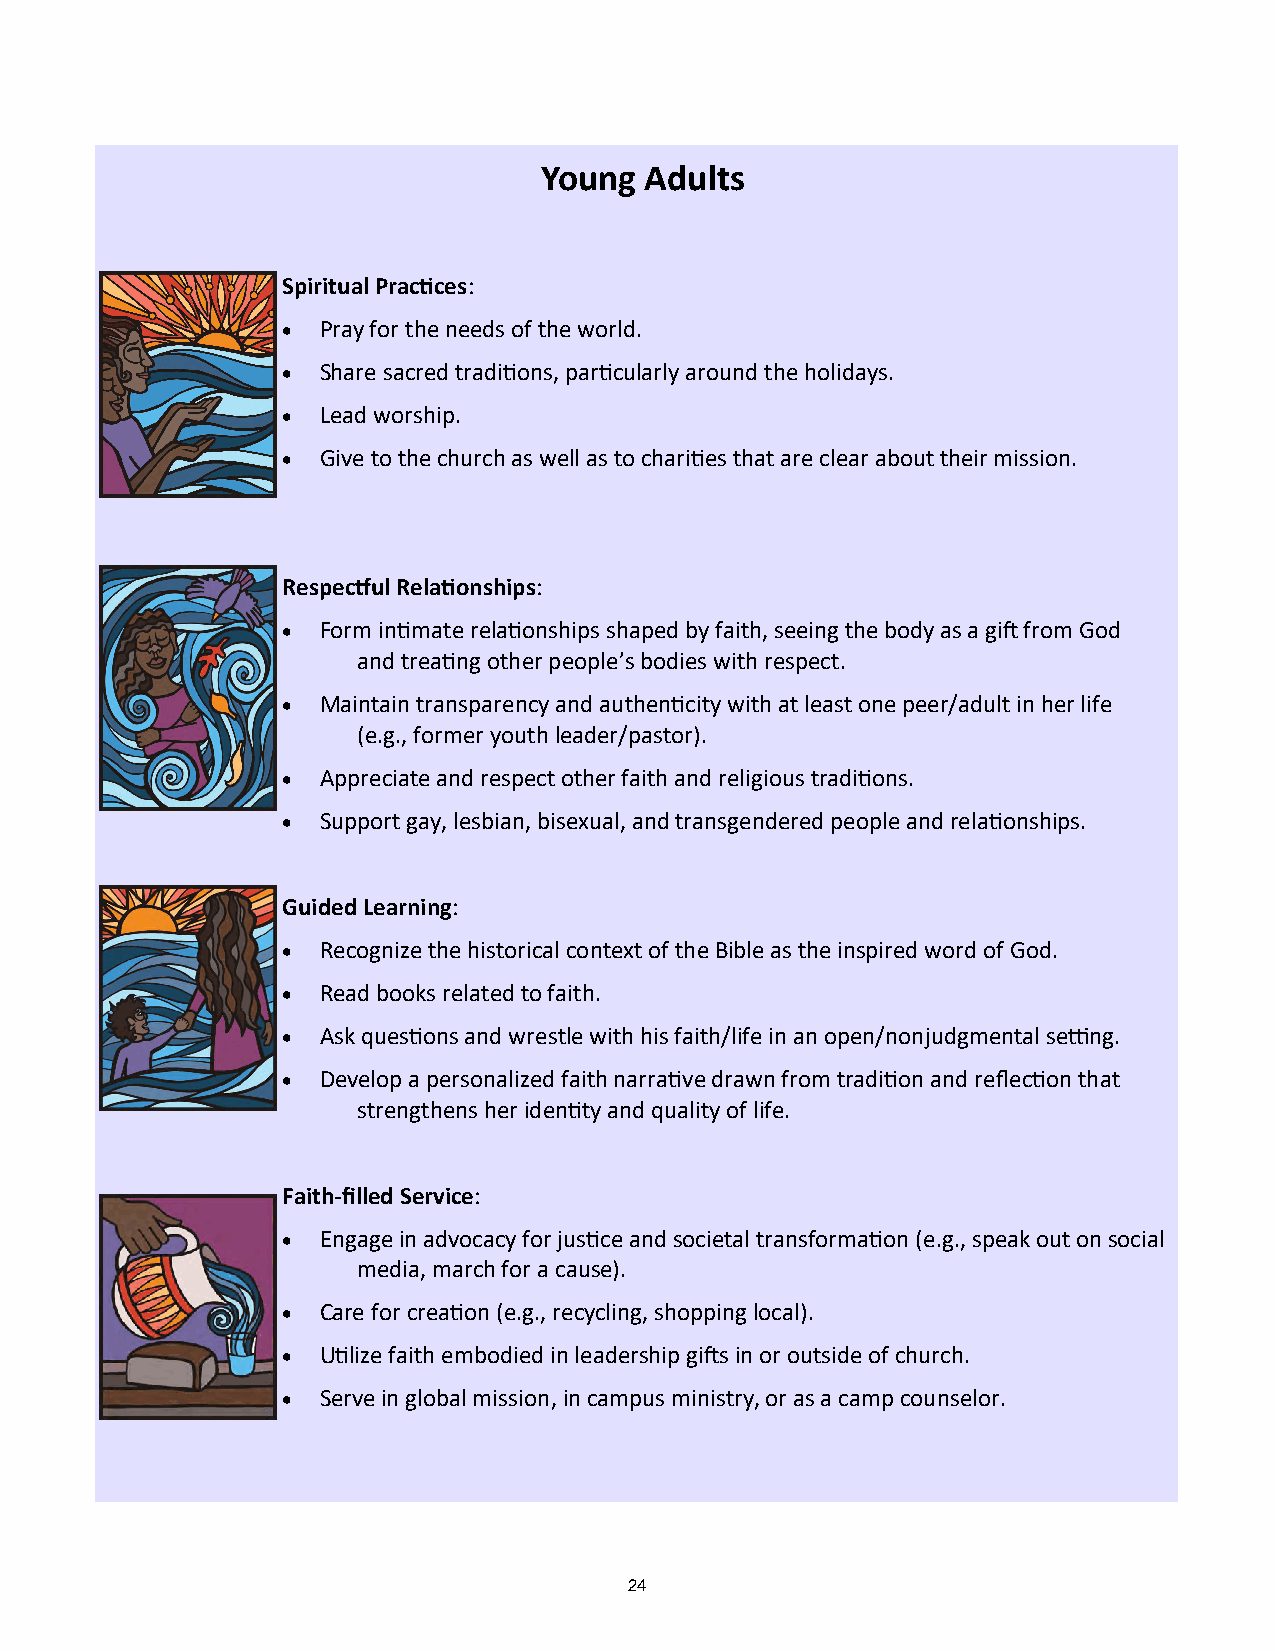
Young  Adults
 Spiritual Practices:
 • Pray for the needs of the world.
 • Share sacred traditions, particularly around the holidays.
 • Lead worship.
 • Give to the church as well as to charities that are clear about their mission.
 Respectful Relationships:
 • Form intimate relationships shaped by faith, seeing the body as a gift from God
 and treating other people’s bodies with respect.
 • Maintain transparency and authenticity with at least one peer/adult in her life
 (e.g., former youth leader/pastor).
 • Appreciate and respect other faith and religious traditions.
 • Support gay, lesbian, bisexual, and transgendered people and relationships.
 Guided Learning:
 • Recognize the historical context of the Bible as the inspired word of God.
 • Read books related to faith.
 • Ask questions and wrestle with his faith/life in an open/nonjudgmental setting.
 • Develop a personalized faith narrative drawn from tradition and reflection that
 strengthens her identity and quality of life.
 Faith-filled Service:
 • Engage in advocacy for justice and societal transformation (e.g., speak out on social
 media, march for a cause).
 • Care for creation (e.g., recycling, shopping local).
 • Utilize faith embodied in leadership gifts in or outside of church.
 • Serve in global mission, in campus ministry, or as a camp counselor.
 24